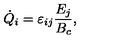
\dot { Q } _ { i } = \varepsilon _ { i j } \frac { E _ { j } } { B _ { c } } ,